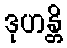
ဒုဟန္တိ